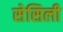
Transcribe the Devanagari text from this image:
सेसिली